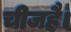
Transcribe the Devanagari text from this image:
चीजहै।